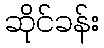
ဆိုင်ခန်း